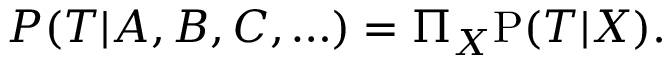
P ( { \cal T } | A , B , C , \ldots ) = \Pi _ { X } \mathrm { P } ( { \cal T } | X ) .